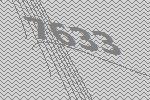
7633